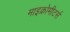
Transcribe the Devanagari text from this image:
माइक्रोमीटर्स